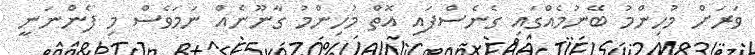
ވަރަށް މުހިންމު ބޭނުމެއްގައި ގެނެސްފައި އޮތް މުހިންމު ގާނޫނެއް ނަމަވެސް މި ފެންނަނީ